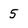
Character: 5